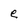
Character: e